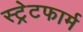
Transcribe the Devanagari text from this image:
स्ट्रेटफार्म